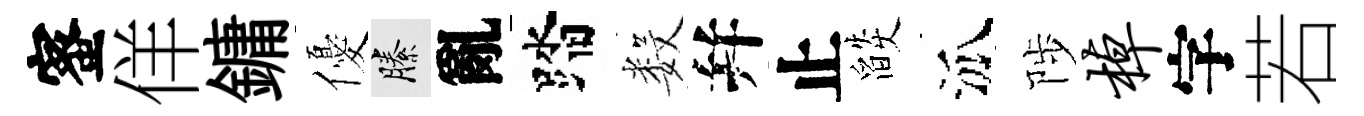
蜜佯鏞優縢亂踏数幷止燄泒陟棹字若